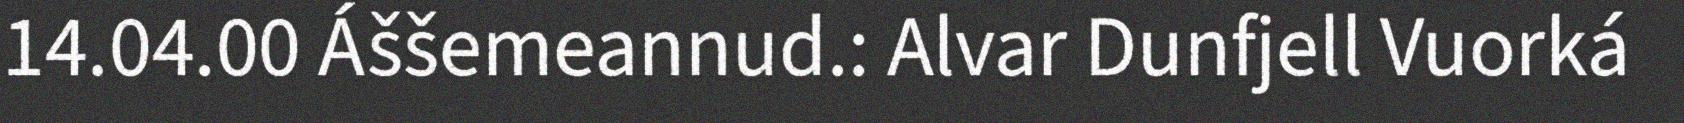
14.04.00 Áššemeannud.: Alvar Dunfjell Vuorká